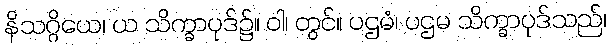
နိသဂ္ဂိယေ၊ ယ သိက္ခာပုဒ်၌။ ဝါ၊ တွင်။ ပဌမံ၊ ပဌမ သိက္ခာပုဒ်သည်၊